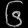
Digit: ၆